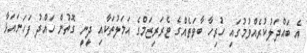
އެ ބައްދަލުކުރެއްވުމުގައި ހުރިހާ ބާވަތެއްގެ ޓެރަރިޒަމްގެ އަމަލުތަކާއި ދީނީ ގޮތުން ހައްދު ފަހަނައަޅާ